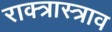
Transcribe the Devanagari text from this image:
राक्त्रास्त्राव